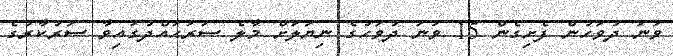
ވަނަ ދުވަހުން ފެށިގެން 15 ވަނަ ދުވަހުގެ ނިޔަލަށް މާލެ ސަރަޙައްދުގައިވާ ސަރުކާރުގެ